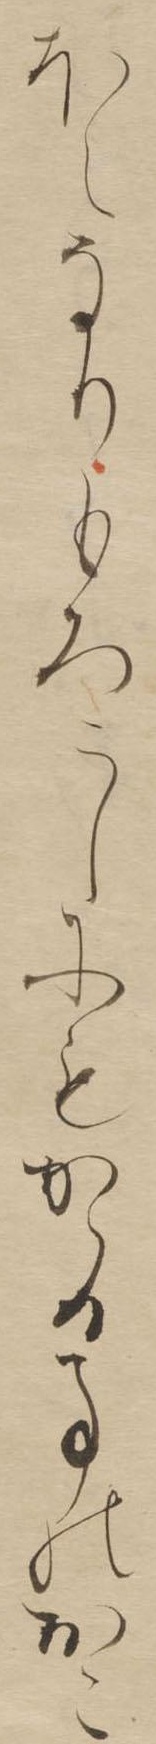
ほえなりもろこしにもかゝる事のをこ